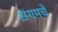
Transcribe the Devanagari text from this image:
संगमचे